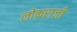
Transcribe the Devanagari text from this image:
लोकराजी